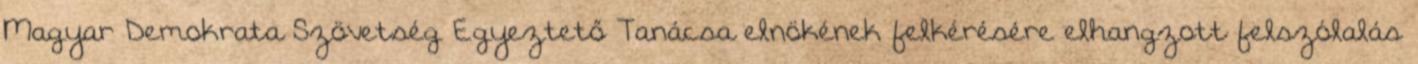
Magyar Demokrata Szövetség Egyeztető Tanácsa elnökének felkérésére elhangzott felszólalás